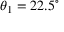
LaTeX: \theta _ { 1 } = 2 2 . 5 ^ { \circ }